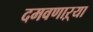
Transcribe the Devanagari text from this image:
दमवणाऱ्या